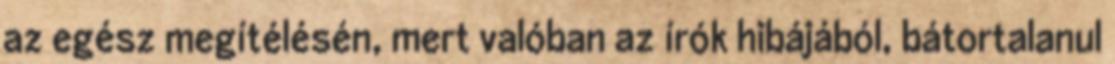
az egész megítélésén, mert valóban az írók hibájából, bátortalanul